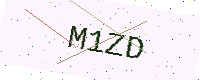
Text: M1ZD